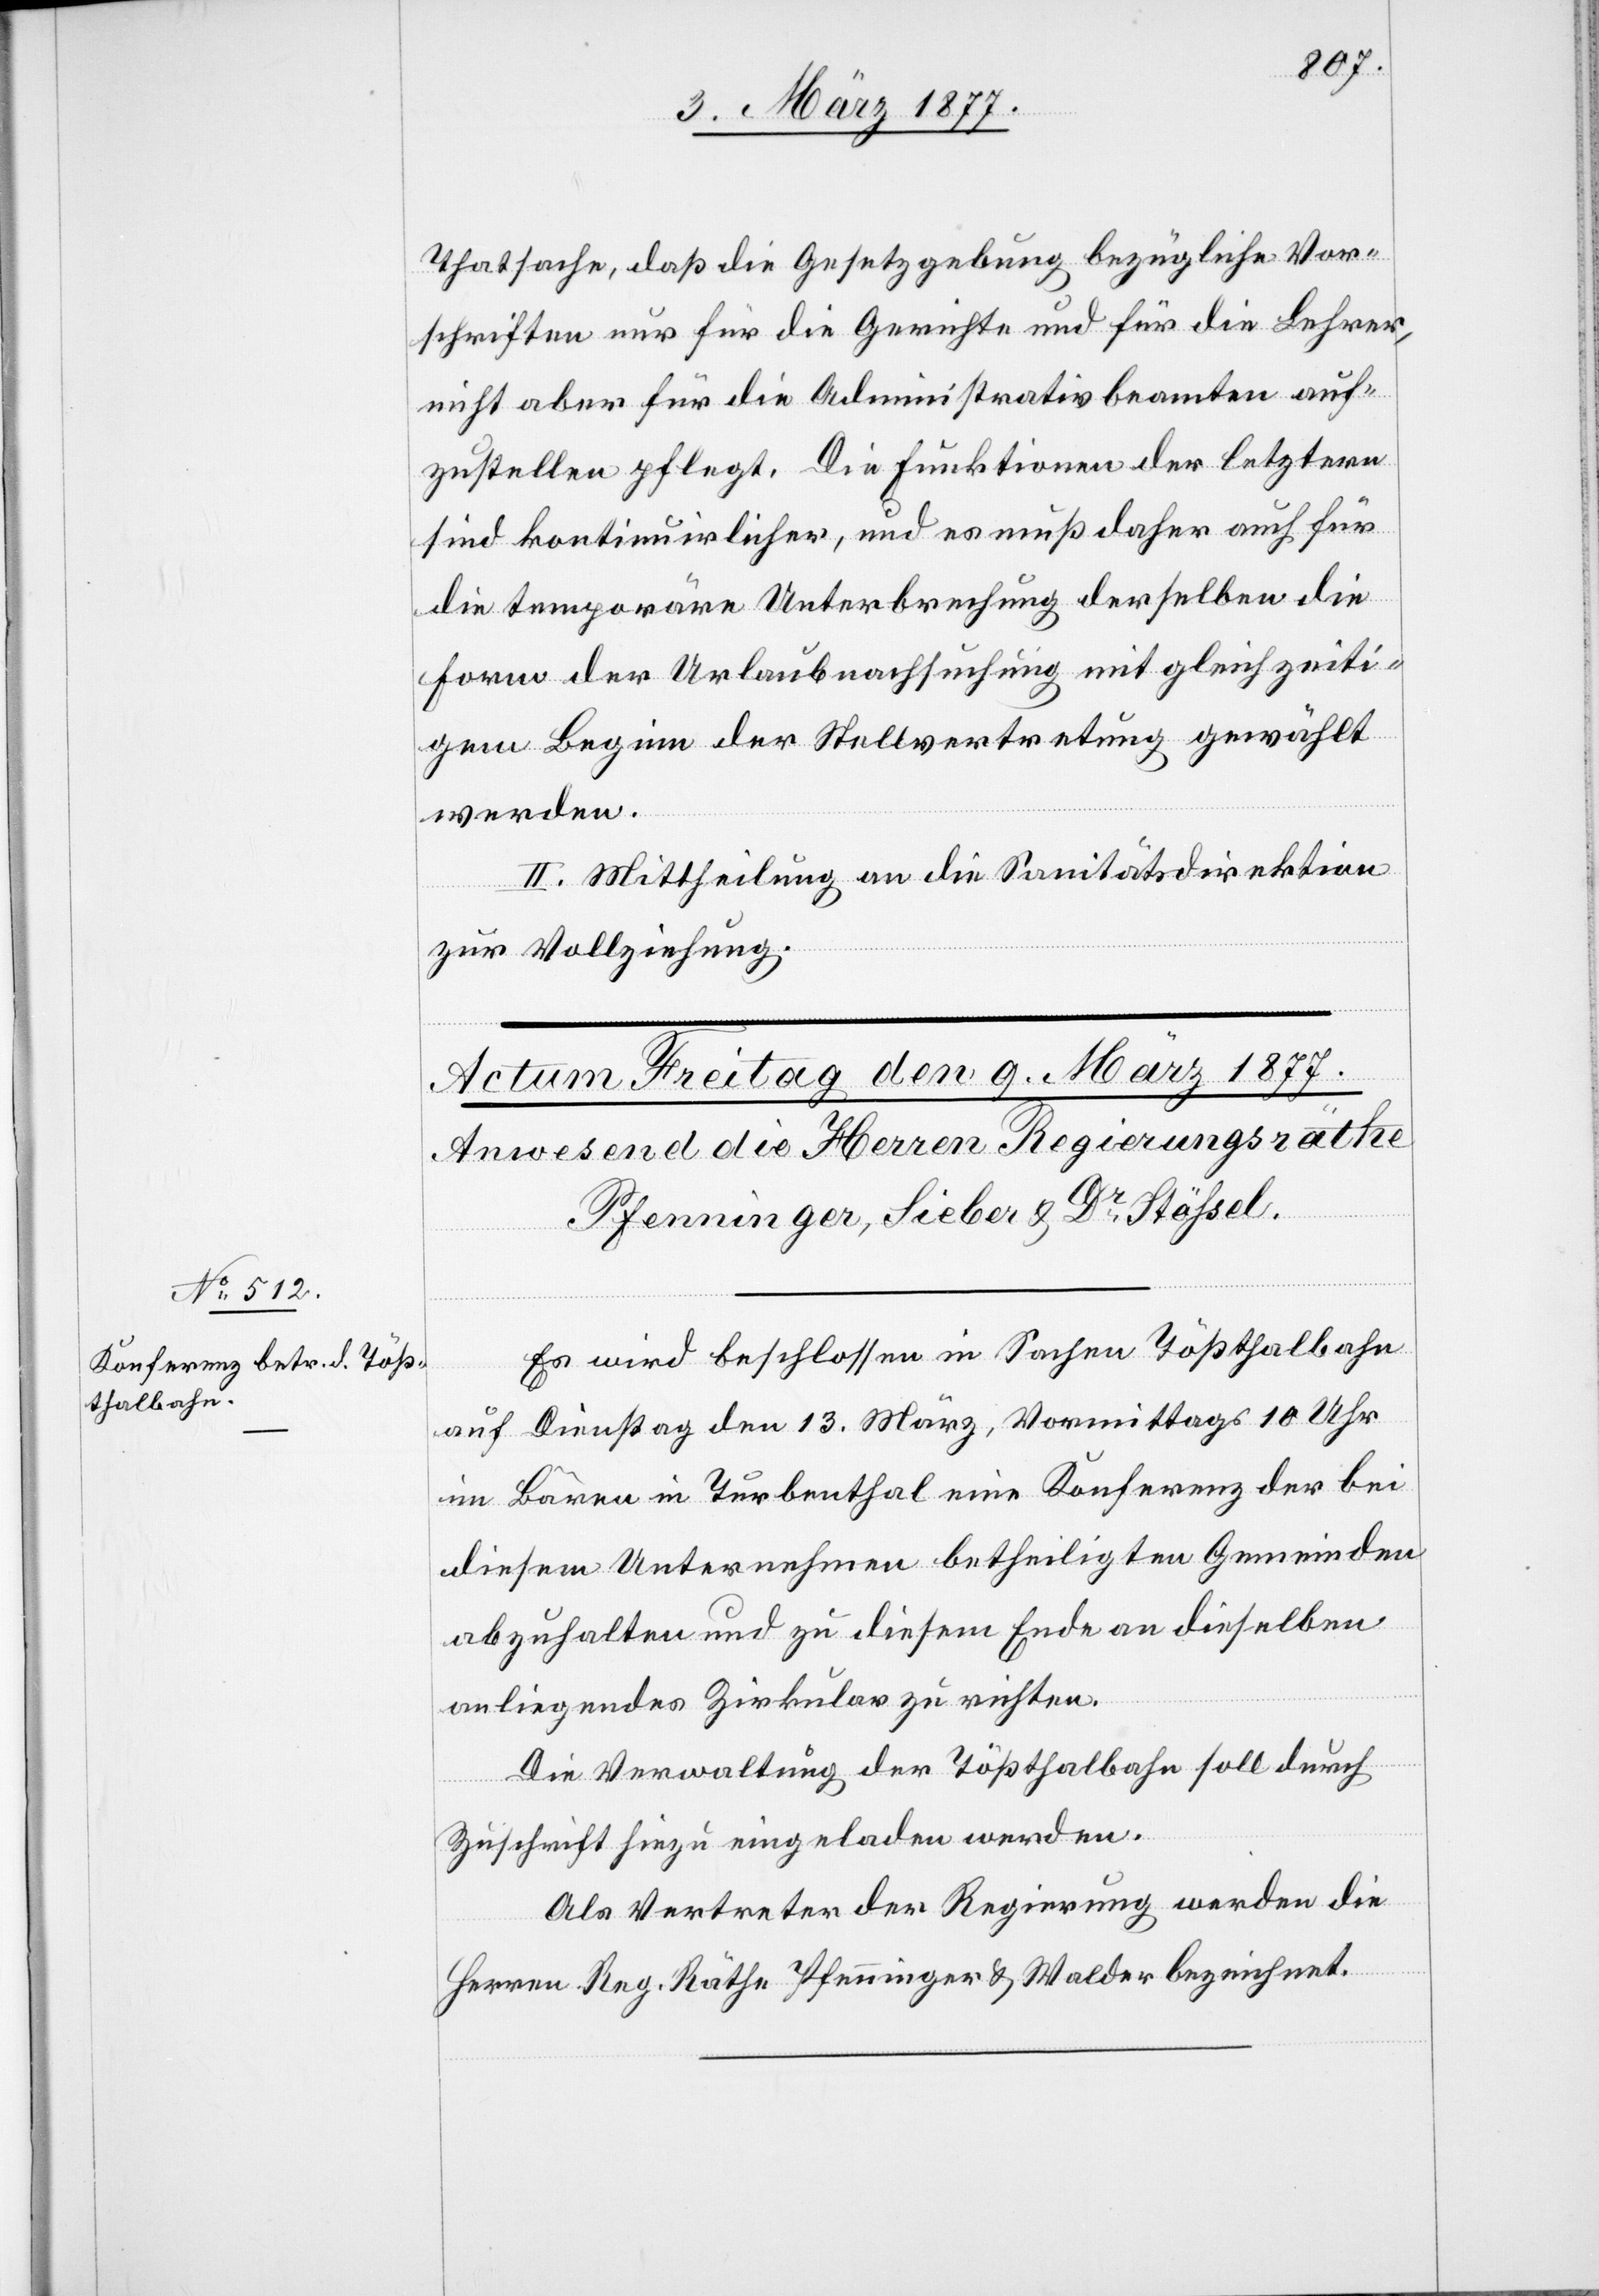
Thatsache, daß die Gesetzgebung bezügliche Vor¬
schriften nur für die Gerichte und für die Lehrer,
nicht aber für die Administrativbeamten auf¬
zustellen pflegt. Die Funktionen der letztern
sind kontinuirlicher, und es muß daher auch für
die temporäre Unterbrechung derselben die
Form der Urlaubsnachsuchung mit gleichzeiti¬
gem Beginn der Stellvertretung gewählt
werden.
II. Mittheilung an die Sanitätsdirektion
zur Vollziehung.
Es wird beschlossen in Sachen Tößthalbahn
auf Dienstag den 13. März, Vormittags 10 Uhr
im Bären in Turbenthal eine Konferenz der bei
diesem Unternehmen betheiligten Gemeinden
abzuhalten und zu diesem Ende an dieselben
anliegendes Zirkulativ zu richten.
Die Verwaltung der Tößthalbahn soll durch
Zuschrift hiezu eingeladen werden.
Als Vertreter der Regierung werden die
Herren Reg. Räthe Pfenninger & Walder bezeichnet.